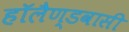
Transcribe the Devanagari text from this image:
हॉलैण्डवासी